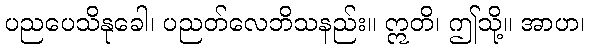
ပညပေသိနုခေါ၊ ပညတ်လေဘိသနည်း။ ဣတိ၊ ဤသို့။ အာဟ၊